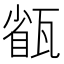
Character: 㼳